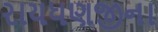
રાયધણજીના